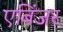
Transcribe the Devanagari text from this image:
एबिंजर